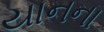
યાનના